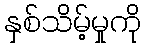
နှစ်သိမ့်မှုကို